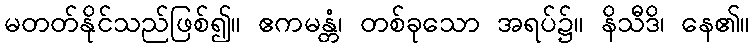
မတတ်နိုင်သည်ဖြစ်၍။ ဧကမန္တံ၊ တစ်ခုသော အရပ်၌။ နိသီဒိ၊ နေ၏။